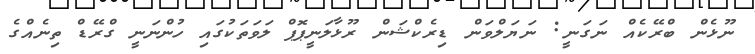
ނޫޅެން ބްރޭކެއް ނަގަނީ: ނަޔަލްވަން ޑިރެކްޝަން ރޫޅާލަނީޕޮޕް ލަވަތަކުގައި ހުންނަނީ ގްރޭޑް ތިނެއްގެ